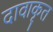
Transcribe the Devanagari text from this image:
दावाकृत